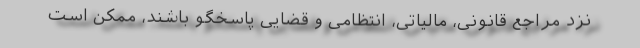
نزد مراجع قانونی، مالیاتی، انتظامی و قضایی پاسخگو باشند، ممکن است